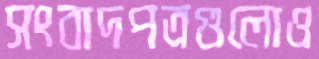
সংবাদপত্রগুলোও